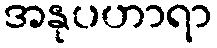
အနုပဟာရာ